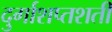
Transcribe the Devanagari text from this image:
दुर्गाशप्तशती